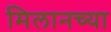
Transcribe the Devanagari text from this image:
मिलानच्या